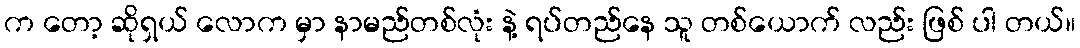
က တော့ ဆိုရှယ် လောက မှာ နာမည်တစ်လုံး နဲ့ ရပ်တည်နေ သူ တစ်ယောက် လည်း ဖြစ် ပါ တယ်။